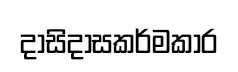
දාසිදාසකර්මකාර